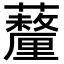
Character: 𧄚